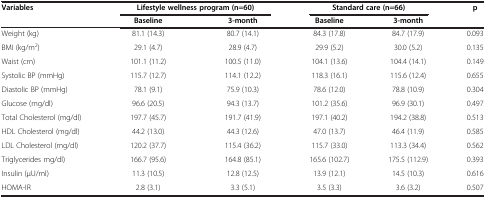
<table><thead><tr><td rowspan="2"><b>Variables</b></td><td colspan="2"><b>Lifestyle wellness program (n=60)</b></td><td colspan="2"><b>Standard care (n=66)</b></td><td rowspan="2"><b>p</b></td></tr><tr><td><b>Baseline</b></td><td><b>3-month</b></td><td><b>Baseline</b></td><td><b>3-month</b></td></tr></thead><tbody><tr><td>Weight (kg)</td><td>81.1 (14.3)</td><td>80.7 (14.1)</td><td>84.3 (17.8)</td><td>84.7 (17.9)</td><td>0.093</td></tr><tr><td>BMI (kg/m<sup>2</sup>)</td><td>29.1 (4.7)</td><td>28.9 (4.7)</td><td>29.9 (5.2)</td><td>30.0 (5.2)</td><td>0.135</td></tr><tr><td>Waist (cm)</td><td>101.1 (11.2)</td><td>100.5 (11.0)</td><td>104.1 (13.6)</td><td>104.4 (14.1)</td><td>0.149</td></tr><tr><td>Systolic BP (mmHg)</td><td>115.7 (12.7)</td><td>114.1 (12.2)</td><td>118.3 (16.1)</td><td>115.6 (12.4)</td><td>0.655</td></tr><tr><td>Diastolic BP (mmHg)</td><td>78.1 (9.1)</td><td>75.9 (10.3)</td><td>78.6 (12.0)</td><td>78.8 (10.9)</td><td>0.304</td></tr><tr><td>Glucose (mg/dl)</td><td>96.6 (20.5)</td><td>94.3 (13.7)</td><td>101.2 (35.6)</td><td>96.9 (30.1)</td><td>0.497</td></tr><tr><td>Total Cholesterol (mg/dl)</td><td>197.7 (45.7)</td><td>191.7 (41.9)</td><td>197.1 (40.2)</td><td>194.2 (38.8)</td><td>0.513</td></tr><tr><td>HDL Cholesterol (mg/dl)</td><td>44.2 (13.0)</td><td>44.3 (12.6)</td><td>47.0 (13.7)</td><td>46.4 (11.9)</td><td>0.585</td></tr><tr><td>LDL Cholesterol (mg/dl)</td><td>120.2 (37.7)</td><td>115.4 (36.2)</td><td>115.7 (33.0)</td><td>113.3 (34.4)</td><td>0.562</td></tr><tr><td>Triglycerides mg/dl)</td><td>166.7 (95.6)</td><td>164.8 (85.1)</td><td>165.6 (102.7)</td><td>175.5 (112.9)</td><td>0.393</td></tr><tr><td>Insulin (μU/ml)</td><td>11.3 (10.5)</td><td>12.8 (12.5)</td><td>13.9 (12.1)</td><td>14.5 (10.3)</td><td>0.616</td></tr><tr><td>HOMA-IR</td><td>2.8 (3.1)</td><td>3.3 (5.1)</td><td>3.5 (3.3)</td><td>3.6 (3.2)</td><td>0.507</td></tr></tbody></table>